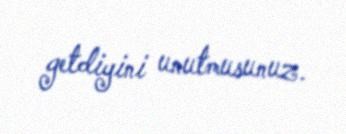
getdiyini unutmusunuz.